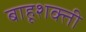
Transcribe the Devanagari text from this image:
बाहूशक्ती